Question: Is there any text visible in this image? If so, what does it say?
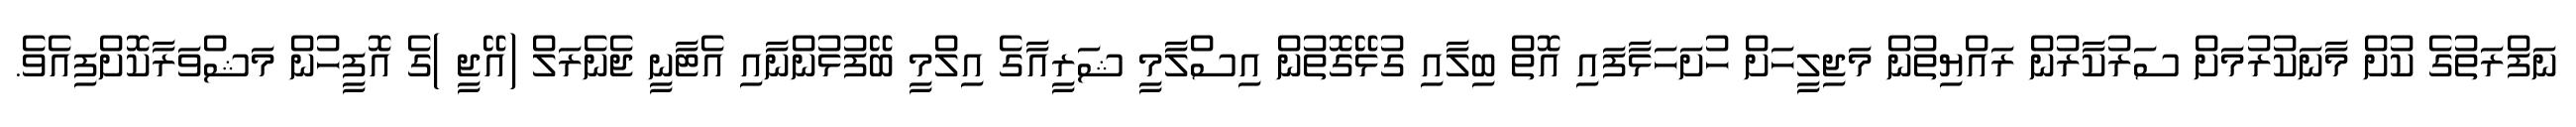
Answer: ނަފްރަތުގެ ކުށް މާނަކުރުމަށް ސަރުކާރުން ރައްޔިތުން މަޖިލީހަށް ހުށަހަޅާފައި އޮތް ބިލާއި ގުޅޭގޮތުން އިސްލާމީ ޝަރީއާގެ އިލްމީ ބޭފުޅުންނާއި އެޓާނީ ޖެނެރަލް (އޭޖީ )ގެ އޮފީހުން މަޝްވަރާކޮށްފިއެވެ.